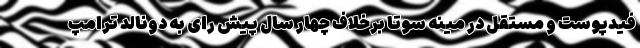
فیدپوست و مستقل در مینه سوتا برخلاف چهار سال پیش رای به دونالد ترامپ